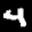
Label: 4